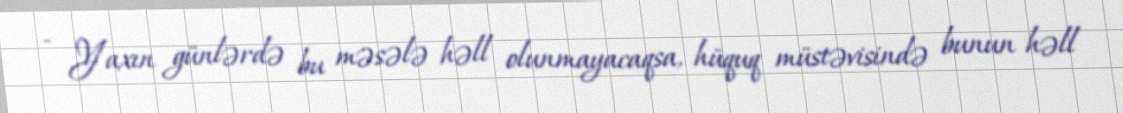
- Yaxın günlərdə bu məsələ həll olunmayacaqsa, hüquq müstəvisində bunun həll